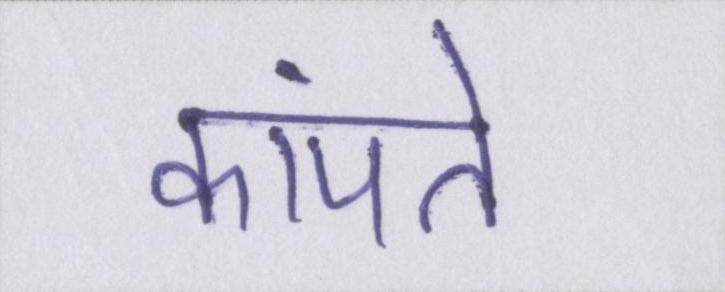
कांपते